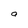
Character: a